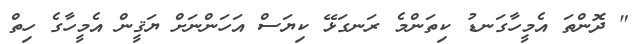
" ދޮންތަ އެމީހާގަނޑު ކިތަންމެ ރަނގަޅޭ ކިޔަސް އަހަންނަށް ޔަޤީން އެމީހާގެ ހިތް